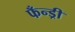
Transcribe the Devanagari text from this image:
फँन्ड्री